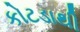
કોટડાથી